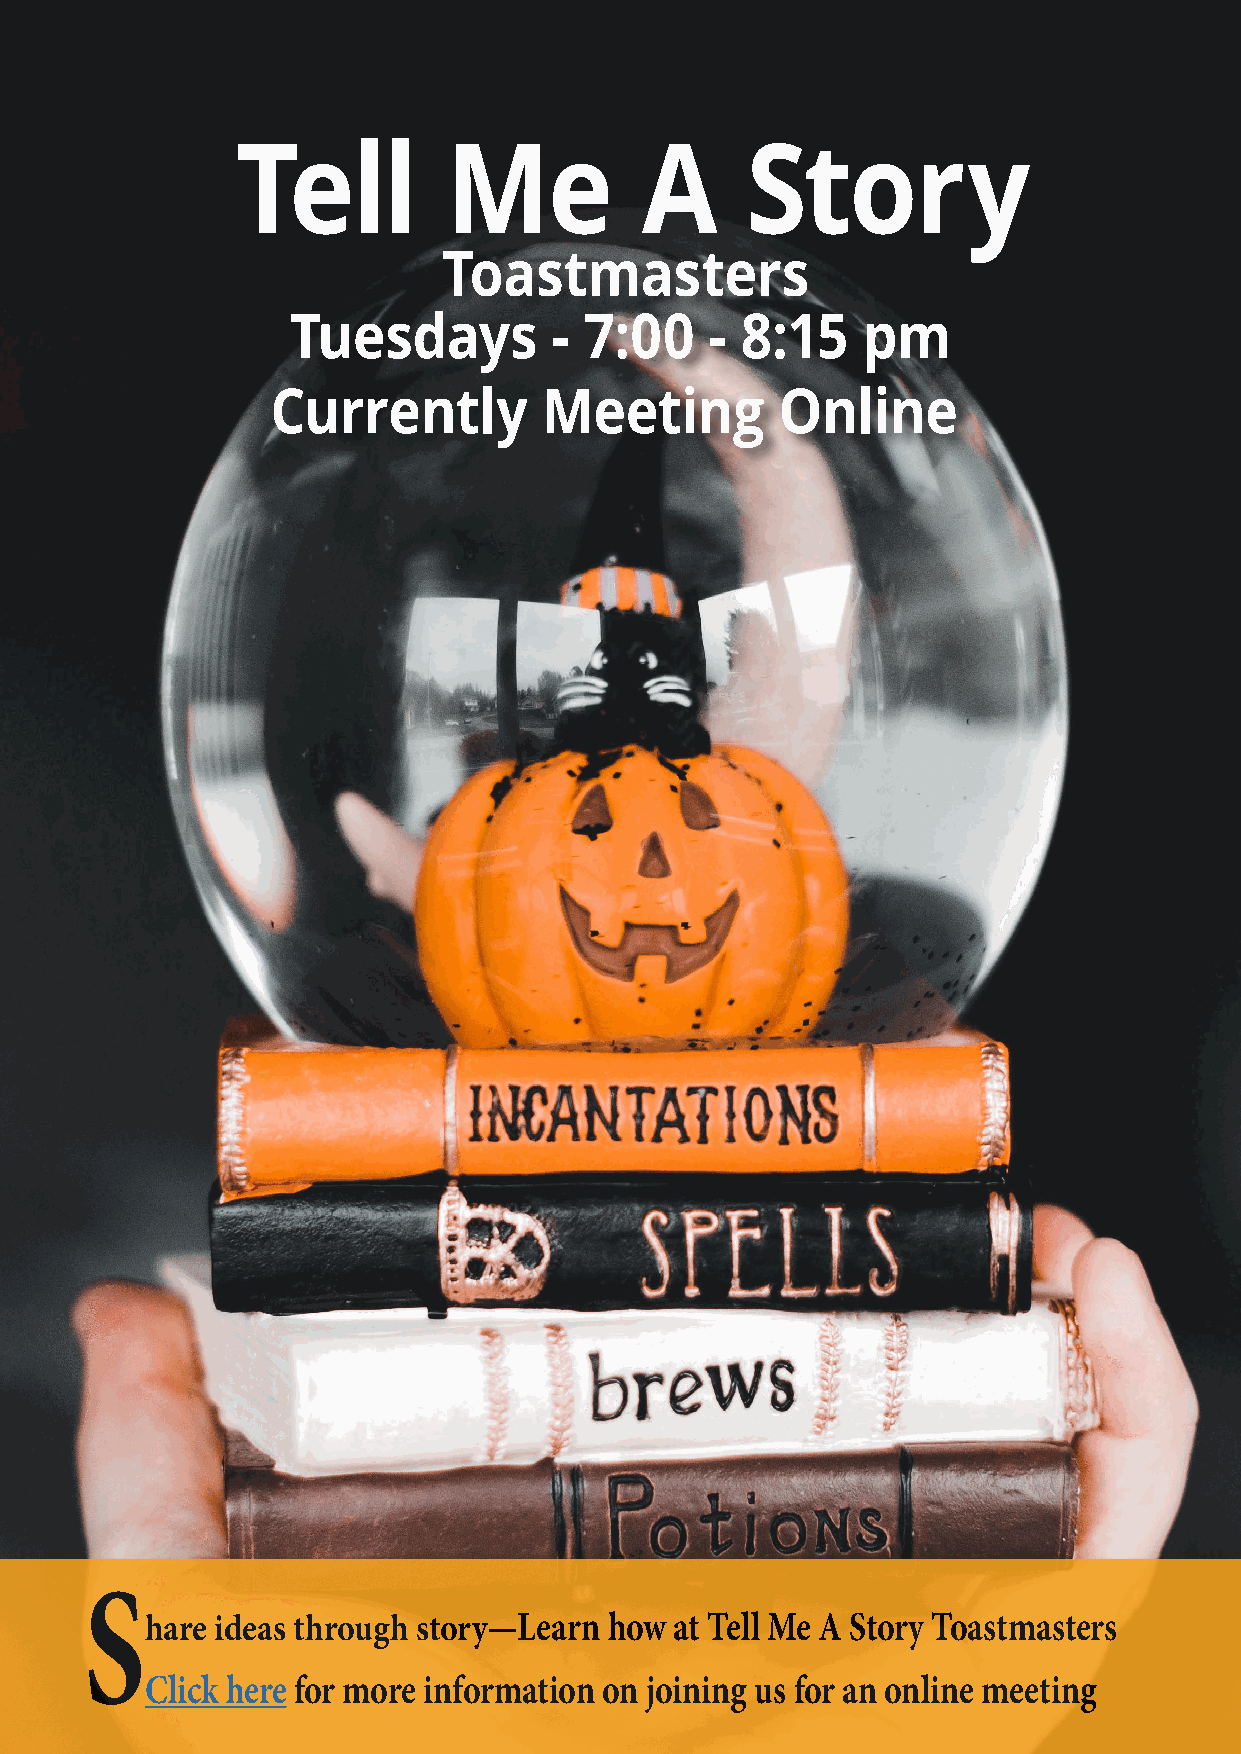
Tell          Me          A      Story
 Toastmasters
 Tuesdays          - 7:00    - 8:15    pm
 Currently         Meeting         Online
 S
 hare ideas through story—Learn how at Tell Me A Story Toastmasters
 Click here for more information on joining us for an online meeting
 46   ONE COMMUNITY